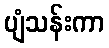
ပျံသန်းကာ